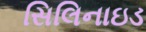
સિલિનાઇડ